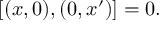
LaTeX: [ ( x , 0 ) , ( 0 , x ^ { \prime } ) ] = 0 .